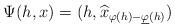
LaTeX: \begin{align*}\Psi(h,x)=(h,\widehat{x}_{\varphi(h)-\underline{\varphi}(h)})\end{align*}